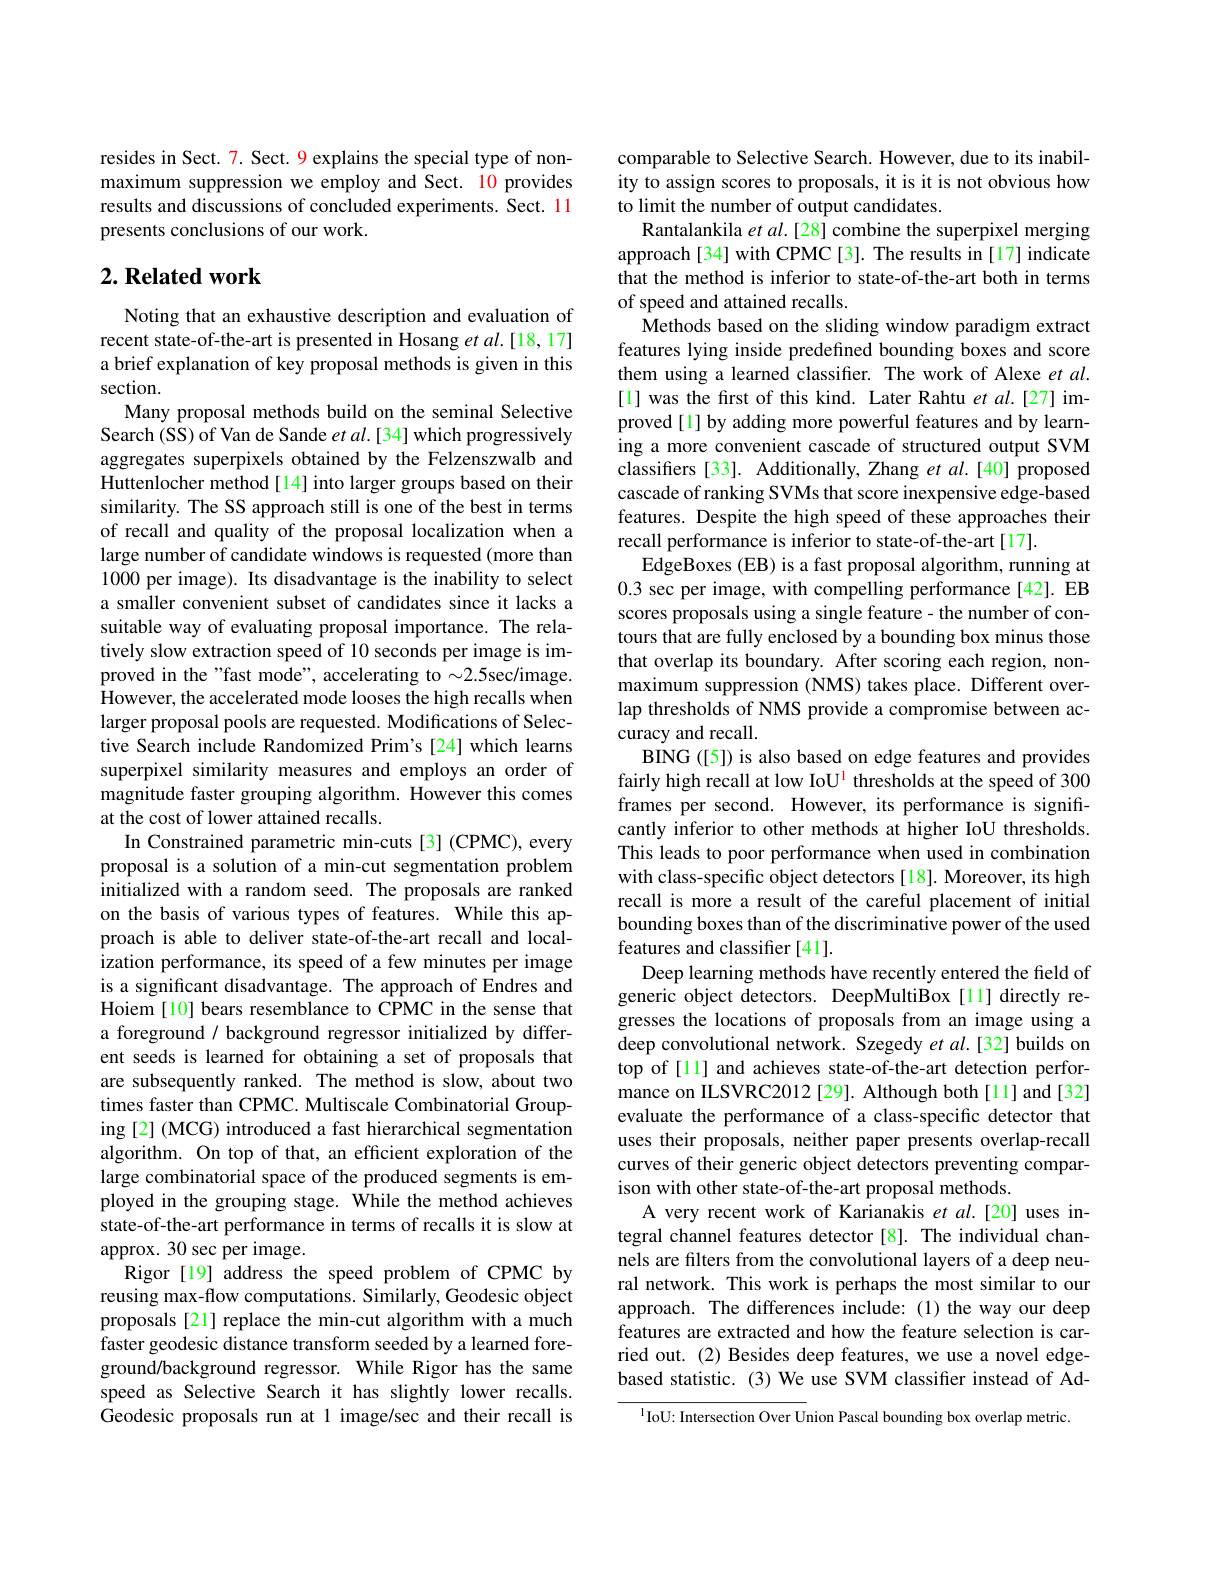
resides in Sect. 7. Sect. 9 explains the special type of nonmaximum suppression we employ and Sect. 10 provides results and discussions of concluded experiments. Sect. 11 presents conclusions of our work.

## $2. \textbf{ Related work}$

Noting that an exhaustive description and evaluation of recent state-of-the-art is presented in Hosang et al.[18,17] a brief explanation of key proposal methods is given in this section.
Many proposal methods build on the seminal Selective Search (SS) of Van de Sande $etal.[34]$ which progressively aggregates superpixels obtained by the Felzenszwalb and Huttenlocher method[14] into larger groups based on their similarity. The SS approach still is one of the best in terms of recall and quality of the proposal localization when a large number of candidate windows is requested (more than 1000 per image). Its disadvantage is the inability to select a smaller convenient subset of candidates since it lacks a suitable way of evaluating proposal importance. The relatively slow extraction speed of 10 seconds per image is improved in the "fast mode", accelerating to $\sim2.5$sec/image. However, the accelerated mode looses the high recalls when larger proposal pools are requested. Modifications of Selective Search include Randomized Prim's [24] which learns superpixel similarity measures and employs an order of magnitude faster grouping algorithm. However this comes at the cost of lower attained recalls.
In Constrained parametric min-cuts[3] (CPMC), every proposal is a solution of a min-cut segmentation problem initialized with a random seed. The proposals are ranked on the basis of various types of features. While this approach is able to deliver state-of-the-art recall and localization performance, its speed of a few minutes per image is a significant disadvantage. The approach of Endres and Hoiem [10] bears resemblance to CPMC in the sense that a foreground / background regressor initialized by different seeds is learned for obtaining a set of proposals that are subsequently ranked. The method is slow, about two times faster than CPMC. Multiscale Combinatorial Grouping [2] (MCG) introduced a fast hierarchical segmentation algorithm. On top of that, an efficient exploration of the large combinatorial space of the produced segments is employed in the grouping stage. While the method achieves state-of-the-art performance in terms of recalls it is slow at approx. 30 sec per image.
Rigor [19] address the speed problem of CPMC by reusing max-flow computations. Similarly, Geodesic object proposals [21] replace the min-cut algorithm with a much faster geodesic distance transform seeded by a learned foreground/background regressor. While Rigor has the same speed as Selective Search it has slightly lower recalls. Geodesic proposals run at 1 image/sec and their recall is

comparable to Selective Search. However, due to its inability to assign scores to proposals, it is it is not obvious how to limit the number of output candidates.
Rantalankila et $al.[28]$ combine the superpixel merging approach[34] with CPMC[3]. The results in[17] indicate that the method is inferior to state-of-the-art both in terms of speed and attained recalls.
Methods based on the sliding window paradigm extract features lying inside predefined bounding boxes and score them using a learned classifier. The work of Alexe et $al.$ [1] was the first of this kind. Later Rahtu et al.[27] improved[1] by adding more powerful features and by learning a more convenient cascade of structured output SVM classifers [33]. Additionally, Zhang et $al.[40]$ proposed cascade of ranking SVMs that score inexpensive edge-based features. Despite the high speed of these approaches their recall performance is inferior to state-of-the-art[17].
EdgeBoxes (EB) is a fast proposal algorithm, running at 0.3 sec per image, with compelling performance[42]. EB scores proposals using a single feature- the number of contours that are fully enclosed by a bounding box minus those that overlap its boundary. After scoring each region, nonmaximum suppression (NMS) takes place. Different overlap thresholds of NMS provide a compromise between accuracy and recall.
BING ([5]) is also based on edge features and provides fairly high recall at low IoU$^{\mathrm{l}}$ thresholds at the speed of 300 frames per second. However, its performance is significantly inferior to other methods at higher IoU thresholds. This leads to poor performance when used in combination with class-specific object detectors [18]. Moreover, its high recall is more a result of the careful placement of initial bounding boxes than of the discriminative power of the used features and classifier [41].
Deep learning methods have recently entered the field of generic object detectors. DeepMultiBox [11] directly regresses the locations of proposals from an image using a deep convolutional network. Szegedy et $al.[32]$ builds on top of [11] and achieves state-of-the-art detection performance on ILSVRC2012 [29]. Although both[1] and [32] evaluate the performance of a class-specific detector that uses their proposals, neither paper presents overlap-recall curves of their generic object detectors preventing comparison with other state-of-the-art proposal methods.
A very recent work of Karianakis et al.[20] uses integral channel features detector [8]. The individual channels are filters from the convolutional layers of a deep neural network. This work is perhaps the most similar to our approach. The differences include:(1) the way our deep features are extracted and how the feature selection is carried out. (2) Besides deep features, we use a novel edgebased statistic. (3) We use SVM classifier instead of Ad-
$^{1}$IoU: Intersection Over Union Pascal bounding box overlap metric.